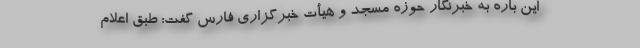
این باره به خبرنگار حوزه مسجد و هیأت خبرگزاری فارس گفت: طبق اعلام